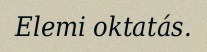
Elemi oktatás.